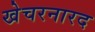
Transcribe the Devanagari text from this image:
खेचरनारद